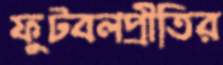
ফুটবলপ্রীতির